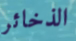
الذخائر